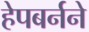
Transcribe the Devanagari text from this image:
हेपबर्नने